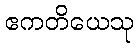
ဧကတိယေသု